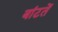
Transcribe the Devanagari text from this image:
बांटतें